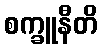
စက္ခူနီတိ